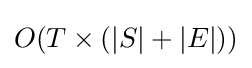
O(T\times (\left|{S}\right|+\left|{E}\right|))